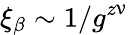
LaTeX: \xi_{\beta}\sim 1/g^{z\upnu}